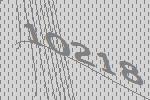
10218